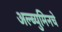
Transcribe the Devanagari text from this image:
अल्ब्युमिनचे